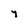
Character: y